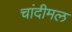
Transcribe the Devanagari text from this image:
चांदीमल